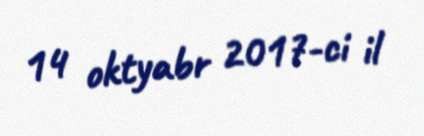
14 oktyabr 2017-ci il